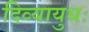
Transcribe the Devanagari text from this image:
दिव्यायुधः